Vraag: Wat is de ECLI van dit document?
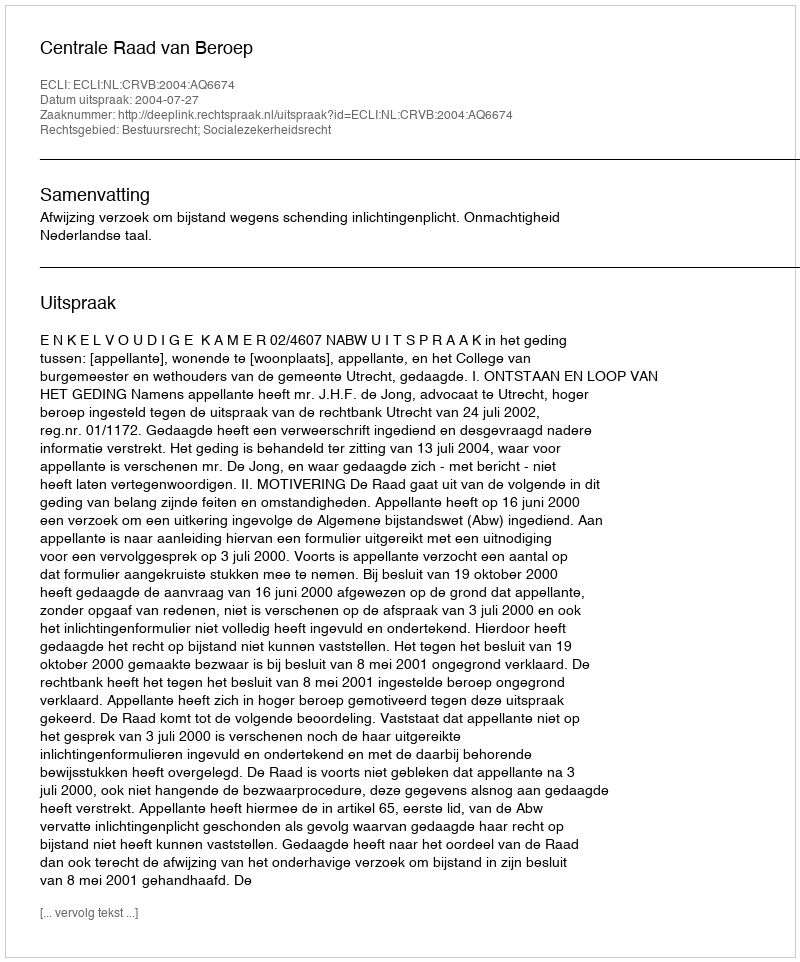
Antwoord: ECLI:NL:CRVB:2004:AQ6674